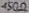
Text: 450Ω